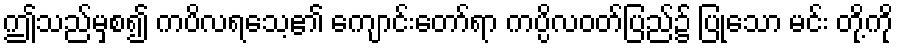
ဤသည်မှစ၍ ကပိလရသေ့၏ ကျောင်းတော်ရာ ကပ္ပိလဝတ်ပြည်၌ ပြုသော မင်း တို့ကို